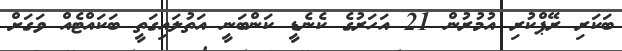
ބަކަރި ރޭޕްކުރި އުމުރުން 21 އަހަރުގެ ކެނެޑީ ކަންބަނީ އަތުލައިގަތީ ބަކައްޓެއް ވަގަށް